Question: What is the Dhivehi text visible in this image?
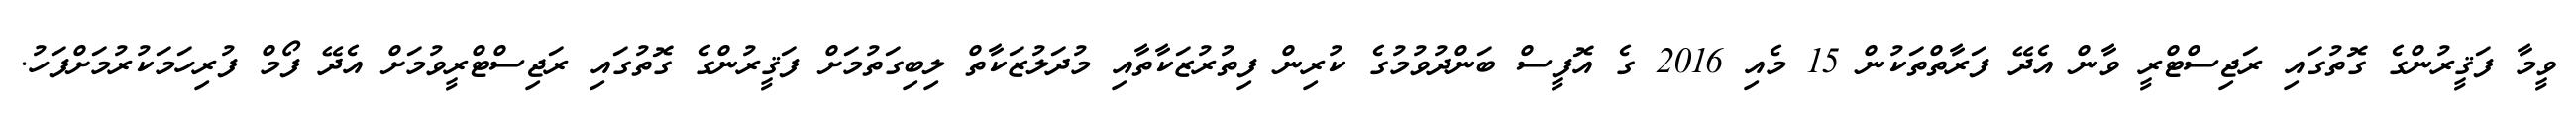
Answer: ވީމާ ފަޤީރުންގެ ގޮތުގައި ރަޖިސްޓްރީ ވާން އެދޭ ފަރާތްތަކުން 15 މެއި 2016 ގެ އޮފީސް ބަންދުވުމުގެ ކުރިން ފިތުރުޒަކާތާއި މުދަލުޒަކާތް ލިބިގަތުމަށް ފަޤީރުންގެ ގޮތުގައި ރަޖިސްޓްރީވުމަށް އެދޭ ފޯމް ފުރިހަމަކުރުމަށްފަހު.